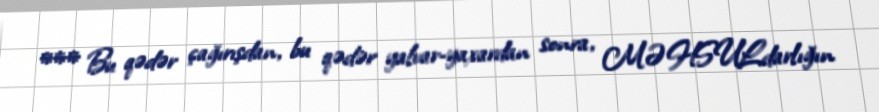
*** Bu qədər çağırışdan, bu qədər yalvar-yaxardan sonra, MƏHSULdarlığın